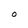
Character: O